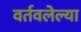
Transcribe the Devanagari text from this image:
वर्तवलेल्या